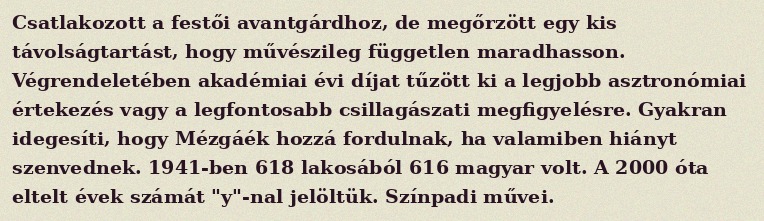
Csatlakozott a festői avantgárdhoz, de megőrzött egy kis távolságtartást, hogy művészileg független maradhasson. Végrendeletében akadémiai évi díjat tűzött ki a legjobb asztronómiai értekezés vagy a legfontosabb csillagászati megfigyelésre. Gyakran idegesíti, hogy Mézgáék hozzá fordulnak, ha valamiben hiányt szenvednek. 1941-ben 618 lakosából 616 magyar volt. A 2000 óta eltelt évek számát "y"-nal jelöltük. Színpadi művei.